Document type: Dowry
Year: 1238
Scribe: Berenguer Jaume
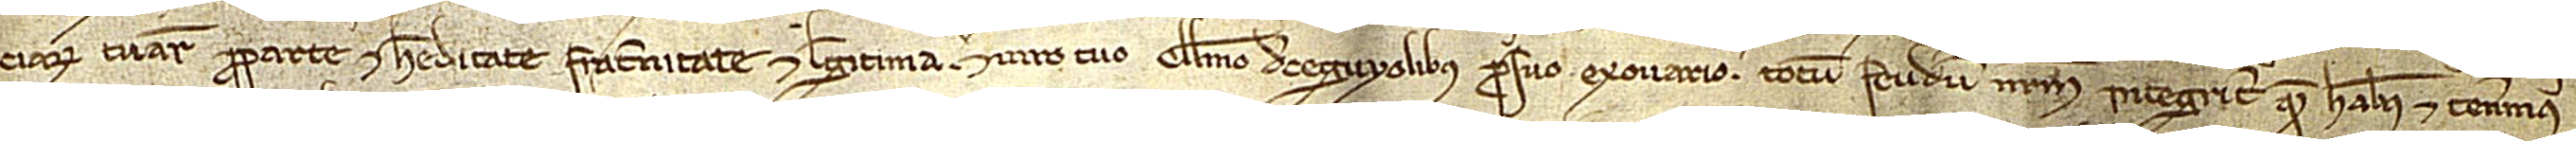
ciarum tuarum pro parte et hereditate, fraternitate et legitima, et viro tuo Guillelmo de Ceguyolibus, pro suo exovario, totum feudum nostrum integriter quod habemus et tenemus